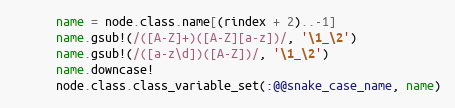
Language: Ruby
      name = node.class.name[(rindex + 2)..-1]
      name.gsub!(/([A-Z]+)([A-Z][a-z])/, '\1_\2')
      name.gsub!(/([a-z\d])([A-Z])/, '\1_\2')
      name.downcase!
      node.class.class_variable_set(:@@snake_case_name, name)